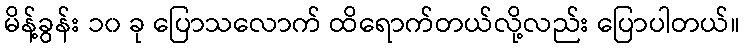
မိန့်ခွန်း ၁၀ ခု ပြောသလောက် ထိရောက်တယ်လို့လည်း ပြောပါတယ်။